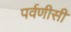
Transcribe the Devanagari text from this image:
पर्वणीसी